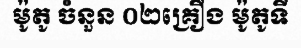
ម៉ូតូ ចំនួន ០២គ្រឿង ម៉ូតូទី